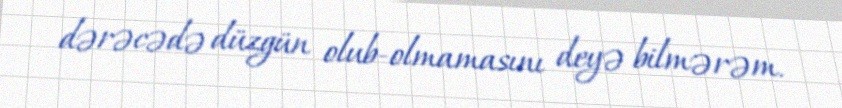
dərəcədə düzgün olub-olmamasını deyə bilmərəm.